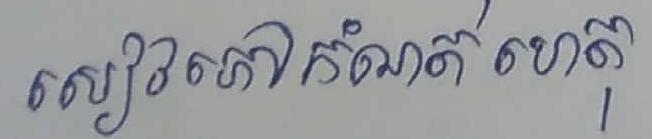
សៀវភៅកំណត់ ហេតុ